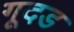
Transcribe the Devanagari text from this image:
गूदड